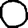
Digit: 0